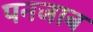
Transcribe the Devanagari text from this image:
पनजाब